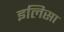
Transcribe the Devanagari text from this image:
इलिसा